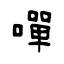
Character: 嘽